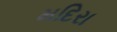
મદિરા